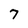
Character: 7